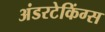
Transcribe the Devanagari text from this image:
अंडरटेकिंग्स